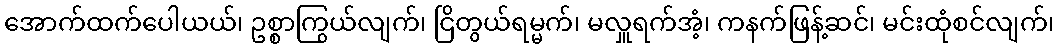
အောက်ထက်ပေါယယ်၊ ဥစ္စာကြွယ်လျက်၊ ငြိတွယ်ရမ္မက်၊ မလှူရက်အံ့၊ ကနက်ဖြန့်ဆင်၊ မင်းထုံစင်လျက်၊